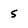
Character: 5